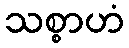
သစ္စာဟံ